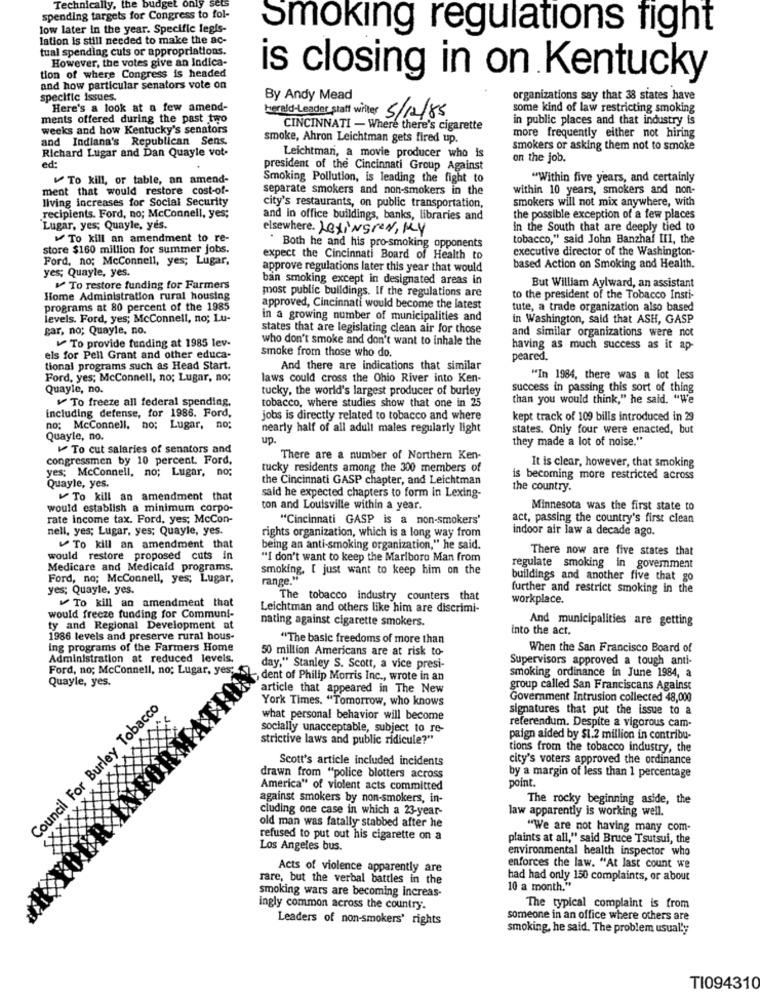
Technically, the budget only
spending targets for Congress to fol-
low later In the year. Specific legis-
lation is still needed to make the ac-
Smoking regulations fight
tual spending cuts or appropriations.
However, the votes give an Indica-
tion of where Congress is headed
is closing in on Kentucky
and how particular senators vote on
specific issues.
By Andy Mead
organizations say that 38 states have
Here's a look at a few amend-
some kind of law restricting smoking
ments offered during the past two
herald-Leader staff writer 5/12/85
in public places and that industry is
weeks and how Kentucky's senators
CINCINNATI - Where there's cigarette
and Indiana's Republican Sens.
smoke, Ahron Leichtman gets fired up.
more frequently either not hiring
Richard Lugar and Dan Quayle vot-
smokers or asking them not to smoke
Leichtman, a movie producer who is
on the job.
ed:
president of the Cincinnati Group Against
To kill, or table, an amend-
Smoking Pollution, is leading the fight to
"Within five years, and certainly
ment that would restore cost-of-
separate smokers and non-smokers in the
within 10 years, smokers and non-
living increases for Social Security
smokers will not mix anywhere, with
city's restaurants, on public transportation,
recipients. Ford, no; McConnell, yes;
and in office buildings, banks, libraries and
the possible exception of a few places
Lugar, yes; Quayle, yes.
elsewhere. Lexingrer, Ky
in the South that are deeply tied to
To kill an amendment to re-
tobacco," said John Banzhal III, the
store $160 million for summer jobs.
Both he and his pro-smoking opponents
executive director of the Washington-
Ford, no; McConnell, yes; Lugar,
expect the Cincinnati Board of Health to
yes; Quayle, yes.
approve regulations later this year that would
based Action on Smoking and Health.
ban smoking except in designated areas in
To restore funding for Farmers
most public buildings. If the regulations are
But William Aylward, an assistant
Home Administration rural housing
to the president of the Tobacco Insti-
programs at 80 percent of the 1985
approved, Cincinnati would become the latest
tute, a trade organization also based
levels. Ford, yes; McConnell, no; Lu-
in a growing number of municipalities and
in Washington, said that ASH, GASP
gar, no; Quayle, no.
states that are legislating clean air for those
and similar organizations were not
who don't smoke and don't want to inhale the
To provide funding at 1985 lev-
smoke from those who do.
having as much success as it ap-
els for Pell Grant and other educa-
peared.
tional programs such as Head Start.
And there are indications that similar
Ford, yes; McConnell, no; Lugar, no;
laws could cross the Ohio River into Ken-
"In 1984, there was a lot less
Quayle, no.
tucky, the world's largest producer of burley
success in passing this sort of thing
To freeze all federal spending,
tobacco, where studies show that one in 25
than you would think," he said. "We
including defense, for 1986. Ford,
jobs is directly related to tobacco and where
kept track of 109 bills introduced in 29
no; McConnell, no; Lugar, no;
nearly half of all adult males regularly light
states. Only four were enacted, but
Quayle, no.
up.
they made a lot of noise."
To cut salaries of senators and
congressmen by 10 percent. Ford,
There are a number of Northern Ken-
It is clear, however, that smoking
yes; McConnell, no; Lugar, no;
tucky residents among the 300 members of
the Cincinnati GASP chapter, and Leichtman
is becoming more restricted across
Quayle, yes.
said he expected chapters to form in Lexing-
the country.
To kill an amendment that
would establish a minimum corpo-
ton and Louisville within a year.
Minnesota was the first state to
rate Income tax. Ford, yes; McCon-
"Cincinnati GASP is a non-smokers'
act, passing the country's first clean
nell, yes; Lugar, yes; Quayle, yes.
rights organization, which is a long way from
indoor air law a decade ago.
To kill an amendment that
being an anti-smoking organization," he said.
There now are five states that
would restore proposed cuts in
"I don't want to keep the Marlboro Man from
Medicare and Medicald programs.
smoking, [ just want to keep him on the
regulate smoking in goverment
Ford, no; McConnell, yes; Lugar,
range."
buildings and another five that go
yes; Quayle, yes.
further and restrict smoking in the
The tobacco industry counters that
workplace.
To kill an amendment that
Leichtman and others like him are discrimi-
would freeze funding for Communi-
nating against cigarette smokers.
And municipalities are getting
ty and Regional Development at
into the act.
1986 levels and preserve rural hous-
"The basic freedoms of more than
Ing programs of the Farmers Home
50 million Americans are at risk to-
When the San Francisco Board of
Administration at reduced levels
Supervisors approved a tough anti-
Ford, no; McConnell, no; Lugar, yes;
day," Stanley S. Scott, a vice presi-
smoking ordinance in June 1984, a
Quayle, yes.
dent of Philip Morris Inc ., wrote in an
article that appeared in The New
group called San Franciscans Against
Council For Burley Tobacco
York Times. "Tomorrow, who knows
Government Intrusion collected 48,000
signatures that put the issue to a
what personal behavior will become
referendum. Despite a vigorous cam-
socially unacceptable, subject to re-
strictive laws and public ridicule?"
paign aided by $1.2 million in contribu-
tions from the tobacco industry, the
Scott's article included incidents
city's voters approved the ordinance
drawn from "police blotters across
by a margin of less than 1 percentage
America" of violent acts committed
point.
against smokers by non-smokers, in-
The rocky beginning aside, the
cluding one case in which a 23-year-
law apparently is working well.
old man was fatally stabbed after he
"We are not having many com-
refused to put out his cigarette on a
plaints at all," said Bruce Tsutsui, the
Los Angeles bus.
environmental health inspector who
Acts of violence apparently are
enforces the law. "At last count we
rare, but the verbal battles in the
had had only 150 complaints, or about
smoking wars are becoming increas-
10 a month."
ingly common across the country.
The typical complaint is from
Leaders of non-smokers' rights
someone in an office where others are
smoking, he said. The problem usually
TI094310